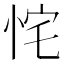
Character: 㤞